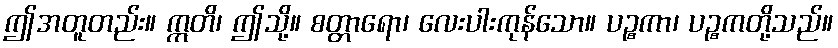
ဤအတူတည်း။ ဣတိ၊ ဤသို့။ စတ္တာရော၊ လေးပါးကုန်သော။ ပဉ္စကာ၊ ပဉ္စကတို့သည်။